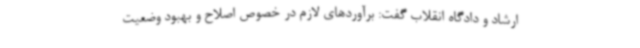
ارشاد و دادگاه انقلاب گفت: برآوردهای لازم در خصوص اصلاح و بهبود وضعیت